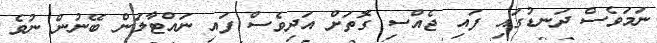
ނަމަވެސް ދަނޑުގައި ފައި ޖެއްސި ގޮތަށް އަދިވެސް ފައި ނައްޓާލަން ބޭނުން ނުވެ